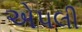
એપલી